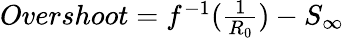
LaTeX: \begin{array}{r}{Overshoot=f^{-1}(\frac{1}{R_{0}})-S_{\infty}}\end{array}